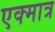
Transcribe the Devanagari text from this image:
एक्मात्र